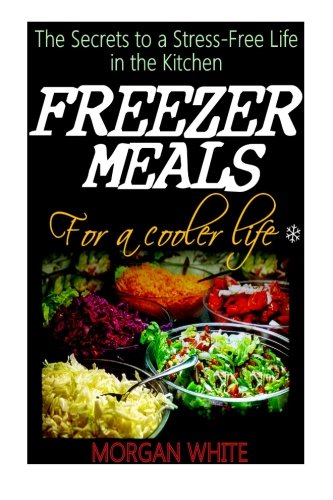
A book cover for Freezer Meals for a Cooler Life: The Secrets to a Stress-Free Life in the Kitchen; Morgan White; Cookbooks, Food & Wine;